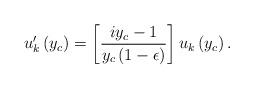
LaTeX: \begin{align*}u_k'\left(y_c\right) = \left[{i y_c - 1 \over y_c \left(1 - \epsilon\right)}\right] u_k\left(y_c\right).\end{align*}